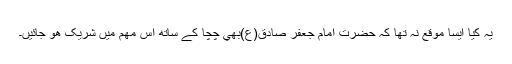
يہ کيا ايسا موقع نہ تھا کہ حضرت امام جعفر صادق(ع)بھي چچا کے ساتھ اس مھم ميں شريک ھو جائيں۔